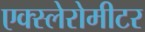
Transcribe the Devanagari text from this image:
एक्स्लेरोमीटर